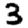
Digit: 3